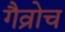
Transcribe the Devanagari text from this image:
गैव्रोच